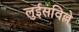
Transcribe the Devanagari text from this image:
लुईसविल्ले